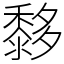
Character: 𪐀